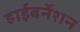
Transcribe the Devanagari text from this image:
हाईबर्नेशन